65_HS1-834228961_62-HQ-83894_Section_6
Agency: FBI
Page 88
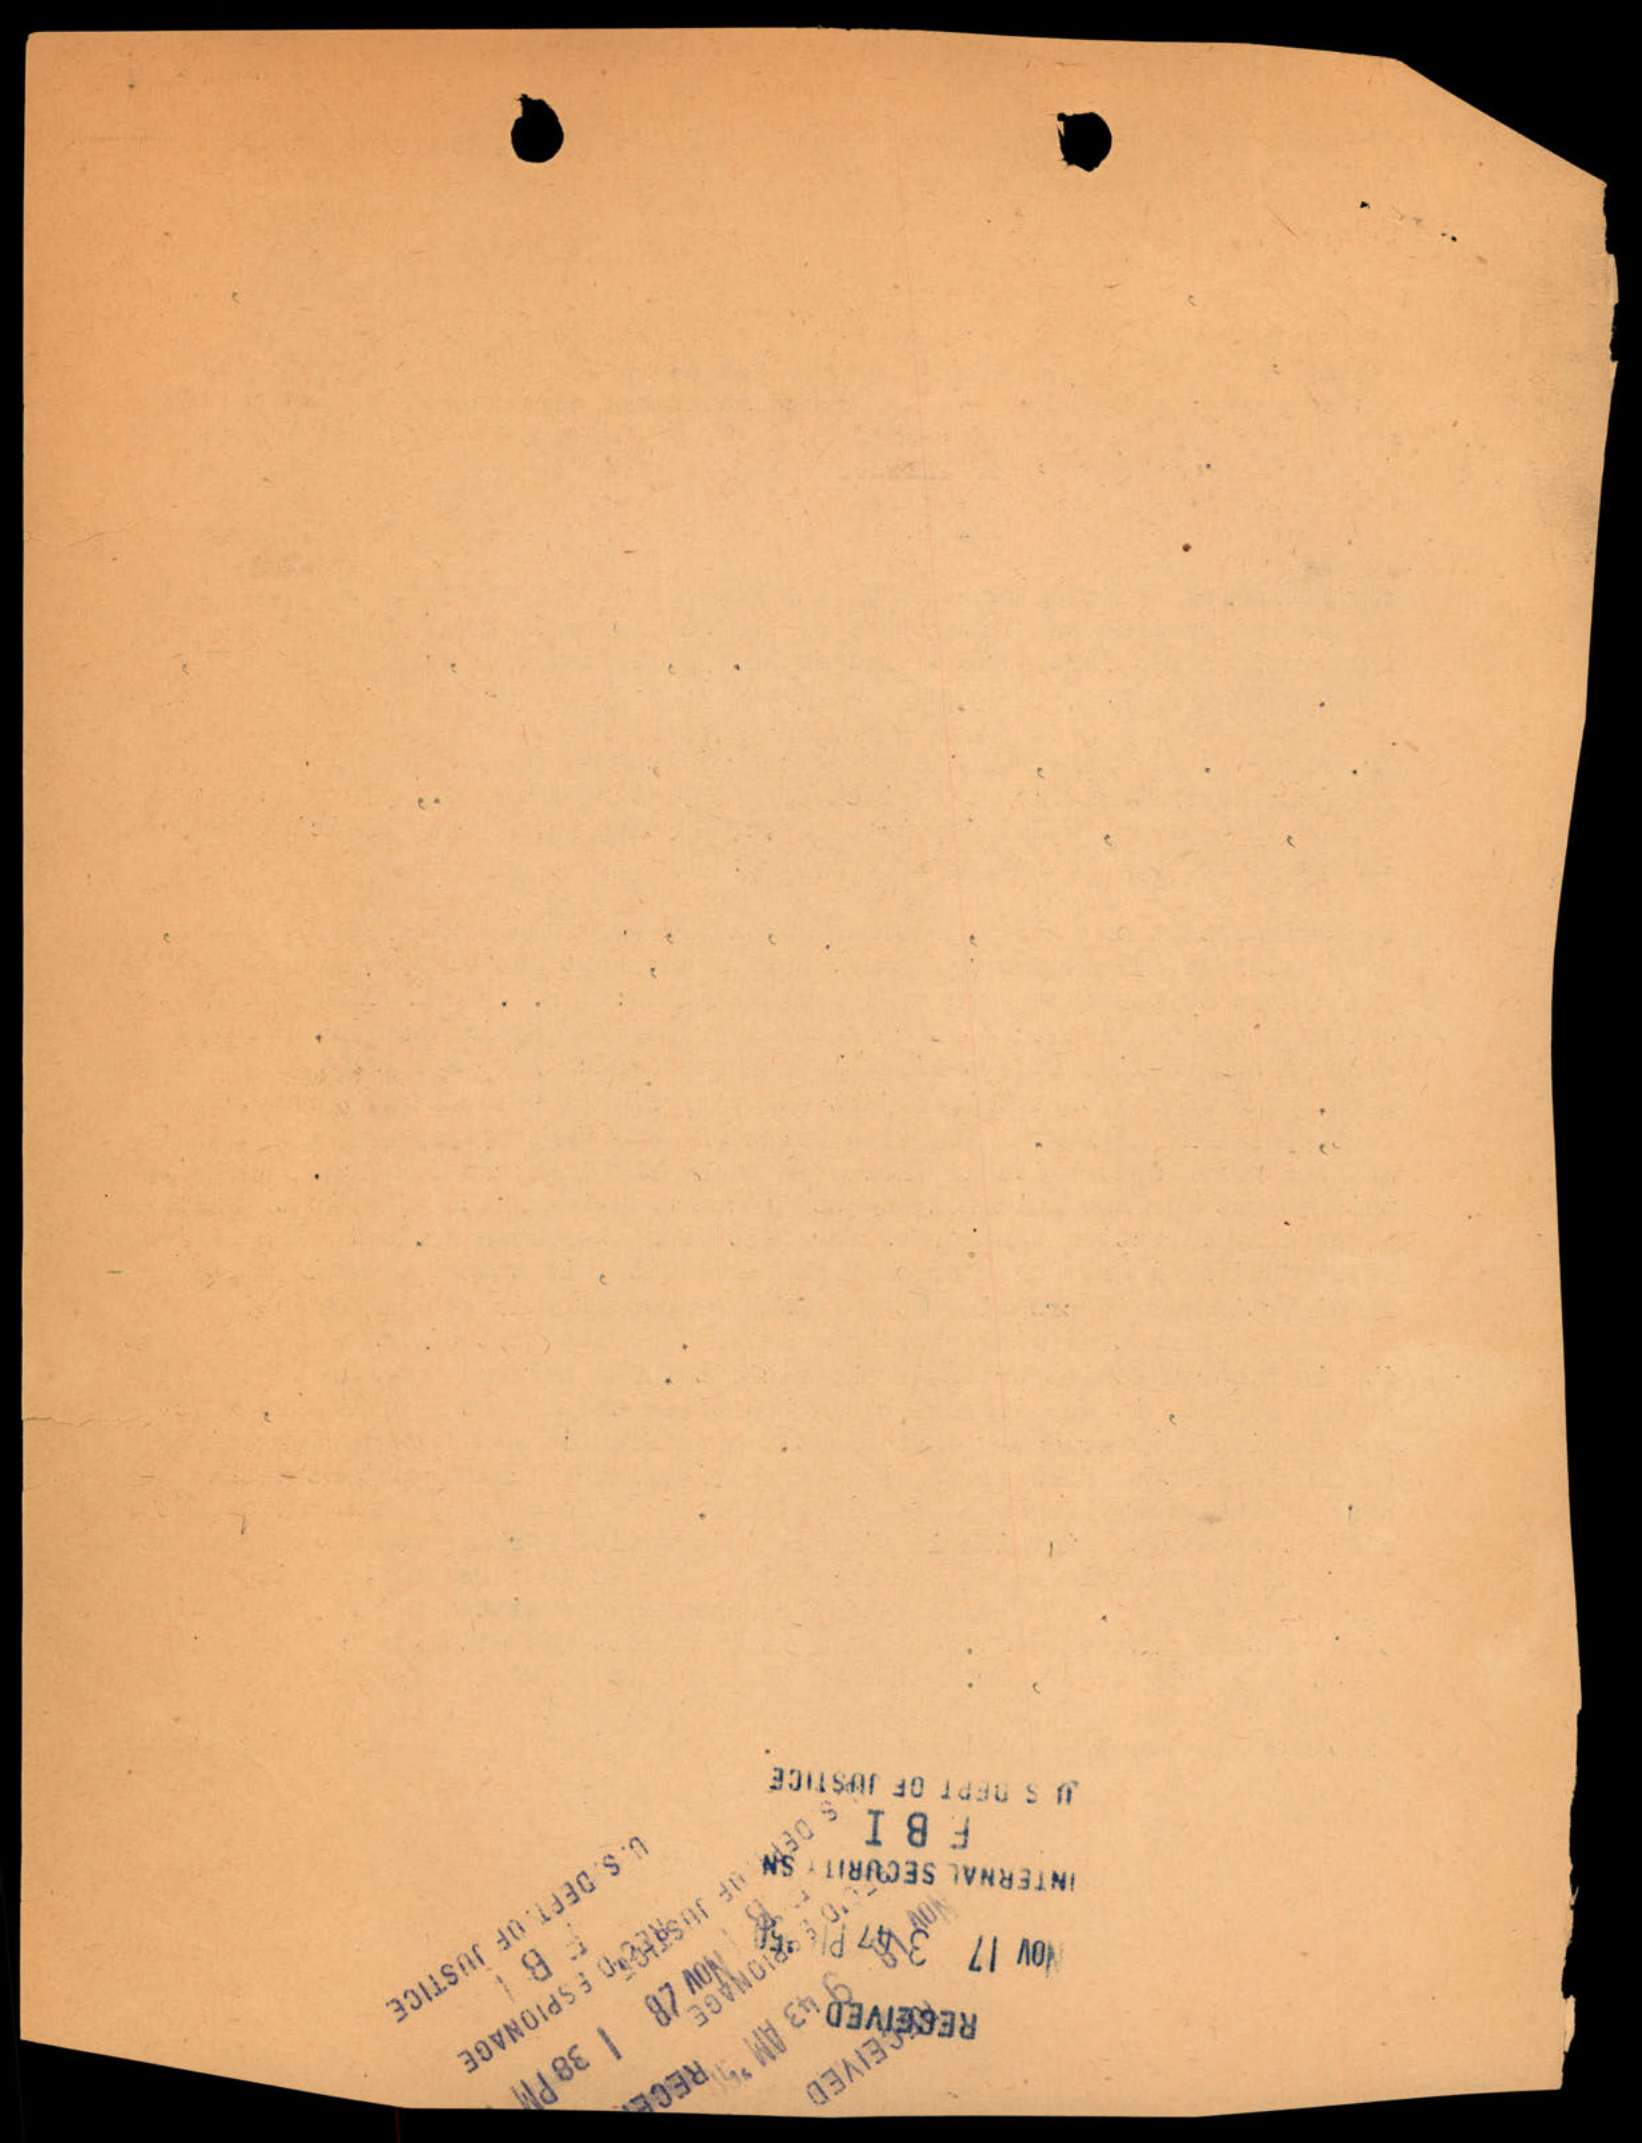